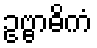
ဥဗ္ဗာဓိကံ